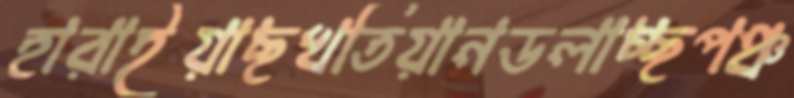
হারাইয়াছখতিয়ানডলাচ্ছপঞ্চ